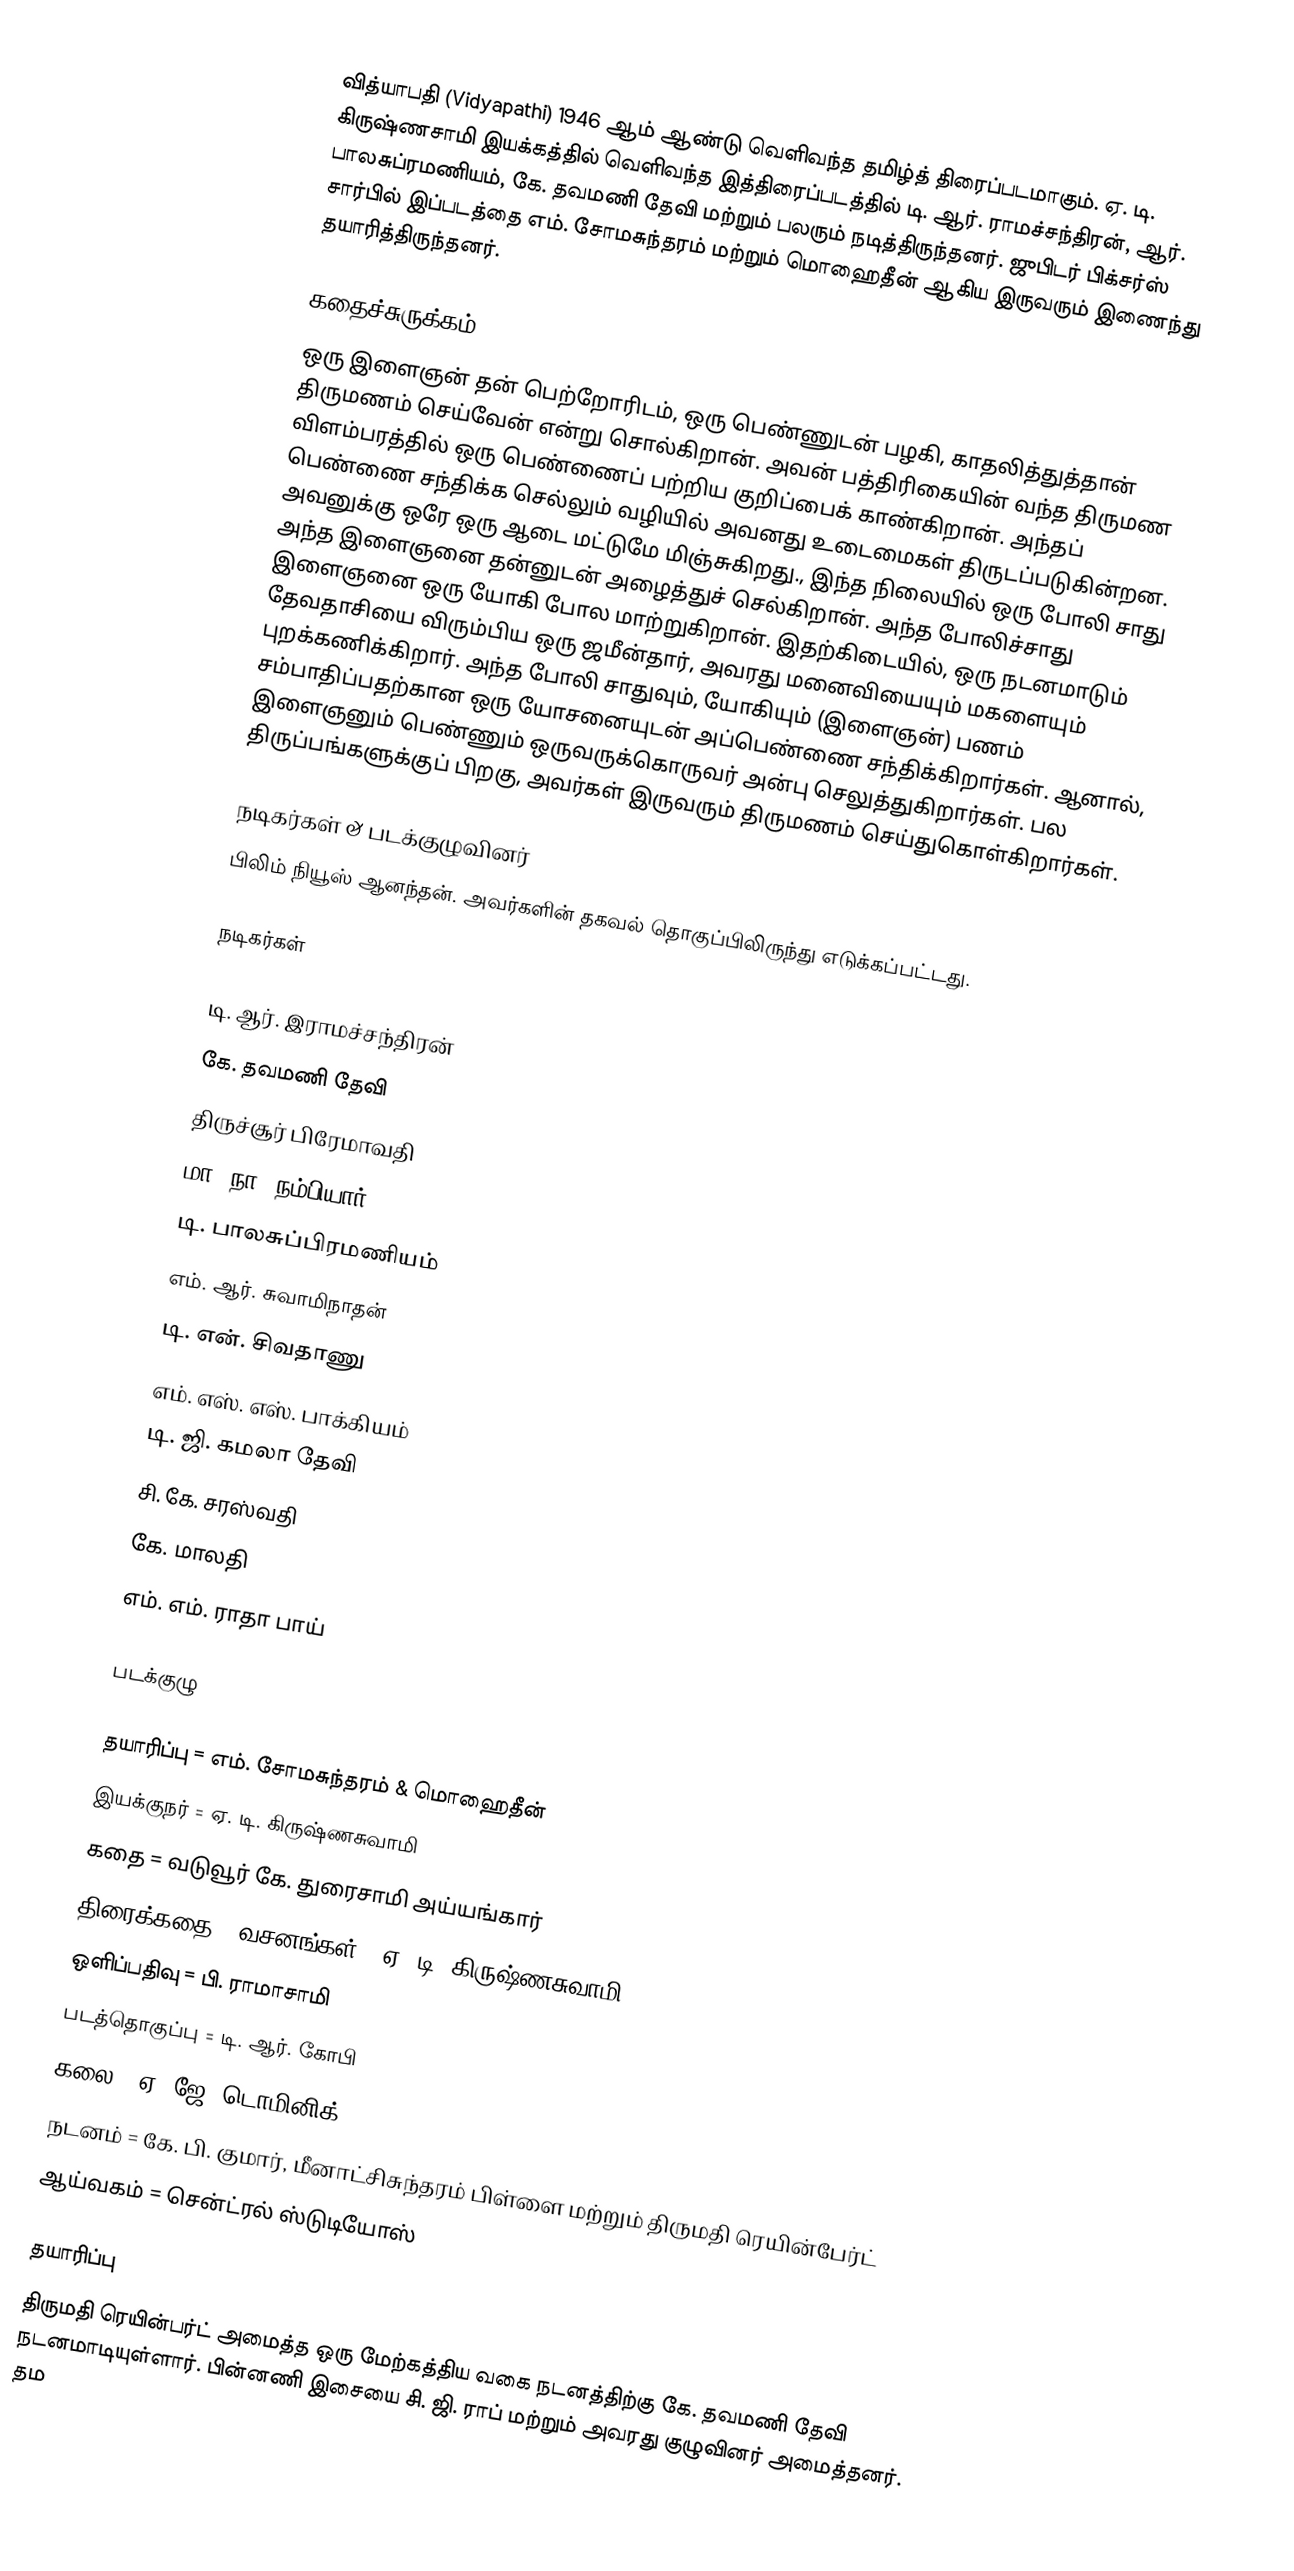
வித்யாபதி  (Vidyapathi) 1946 ஆம் ஆண்டு வெளிவந்த தமிழ்த் திரைப்படமாகும். ஏ. டி. கிருஷ்ணசாமி இயக்கத்தில்   வெளிவந்த இத்திரைப்படத்தில் டி. ஆர். ராமச்சந்திரன், ஆர். பாலசுப்ரமணியம், கே. தவமணி தேவி மற்றும் பலரும் நடித்திருந்தனர். ஜுபிடர் பிக்சர்ஸ் சார்பில் இப்படத்தை எம். சோமசுந்தரம்  மற்றும் மொஹைதீன் ஆகிய இருவரும் இணைந்து தயாரித்திருந்தனர்.

கதைச்சுருக்கம்
ஒரு இளைஞன் தன் பெற்றோரிடம், ஒரு பெண்ணுடன் பழகி, காதலித்துத்தான் திருமணம் செய்வேன் என்று சொல்கிறான். அவன் பத்திரிகையின் வந்த திருமண விளம்பரத்தில் ஒரு பெண்ணைப் பற்றிய குறிப்பைக் காண்கிறான். அந்தப் பெண்ணை சந்திக்க செல்லும் வழியில் அவனது உடைமைகள் திருடப்படுகின்றன. அவனுக்கு ஒரே ஒரு ஆடை மட்டுமே மிஞ்சுகிறது., இந்த நிலையில் ஒரு போலி சாது அந்த இளைஞனை தன்னுடன் அழைத்துச் செல்கிறான். அந்த போலிச்சாது இளைஞனை ஒரு யோகி போல மாற்றுகிறான்.  இதற்கிடையில், ஒரு  நடனமாடும் தேவதாசியை விரும்பிய ஒரு ஜமீன்தார், அவரது மனைவியையும் மகளையும் புறக்கணிக்கிறார். அந்த போலி சாதுவும், யோகியும் (இளைஞன்) பணம் சம்பாதிப்பதற்கான ஒரு யோசனையுடன் அப்பெண்ணை சந்திக்கிறார்கள். ஆனால், இளைஞனும் பெண்ணும் ஒருவருக்கொருவர் அன்பு செலுத்துகிறார்கள். பல திருப்பங்களுக்குப் பிறகு, அவர்கள் இருவரும் திருமணம் செய்துகொள்கிறார்கள்.

நடிகர்கள் & படக்குழுவினர்
பிலிம் நியூஸ் ஆனந்தன். அவர்களின் தகவல் தொகுப்பிலிருந்து எடுக்கப்பட்டது.

நடிகர்கள்

டி. ஆர். இராமச்சந்திரன்
கே. தவமணி தேவி
திருச்சூர் பிரேமாவதி
மா. நா. நம்பியார்
டி. பாலசுப்பிரமணியம்
எம். ஆர். சுவாமிநாதன்
டி. என். சிவதாணு
எம். எஸ். எஸ். பாக்கியம்
டி. ஜி. கமலா தேவி
சி. கே. சரஸ்வதி
கே. மாலதி
எம். எம். ராதா பாய்

படக்குழு

 தயாரிப்பு = எம். சோமசுந்தரம் & மொஹைதீன்
 இயக்குநர் = ஏ. டி. கிருஷ்ணசுவாமி
 கதை = வடுவூர் கே. துரைசாமி அய்யங்கார்
 திரைக்கதை & வசனங்கள் = ஏ. டி. கிருஷ்ணசுவாமி
 ஒளிப்பதிவு = பி. ராமாசாமி
 படத்தொகுப்பு = டி. ஆர். கோபி
 கலை = ஏ. ஜே. டொமினிக்
 நடனம் = கே. பி. குமார், மீனாட்சிசுந்தரம் பிள்ளை மற்றும்  திருமதி  ரெயின்பேர்ட்
 ஆய்வகம் = சென்ட்ரல் ஸ்டுடியோஸ்

தயாரிப்பு
திருமதி ரெயின்பர்ட் அமைத்த ஒரு மேற்கத்திய வகை நடனத்திற்கு கே. தவமணி தேவி நடனமாடியுள்ளார்.  பின்னணி இசையை சி. ஜி. ராப் மற்றும் அவரது குழுவினர் அமைத்தனர்.  தம